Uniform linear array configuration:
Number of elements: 8
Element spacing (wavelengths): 1
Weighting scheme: blackman
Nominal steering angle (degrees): -45
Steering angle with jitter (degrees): -45.845
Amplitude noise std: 0.05
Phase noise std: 0.05

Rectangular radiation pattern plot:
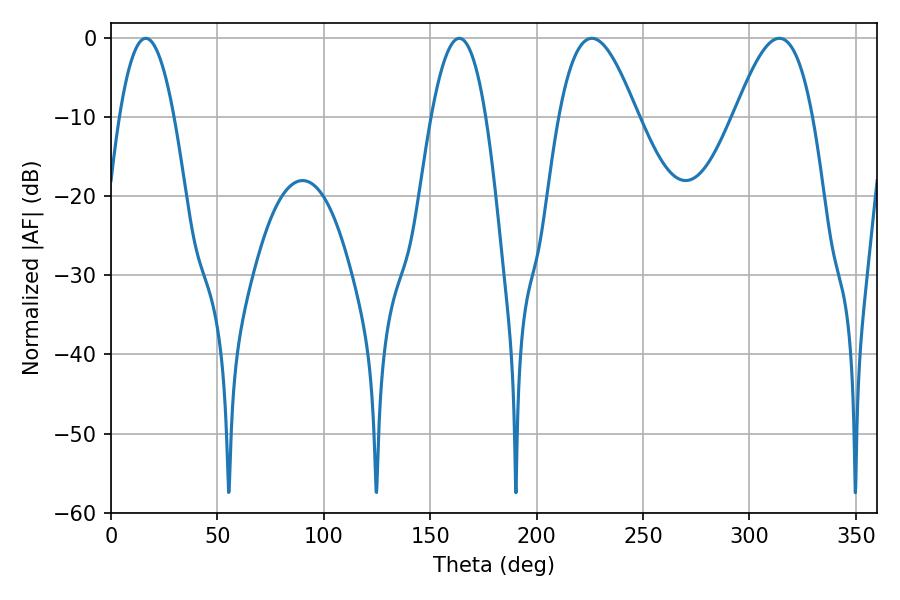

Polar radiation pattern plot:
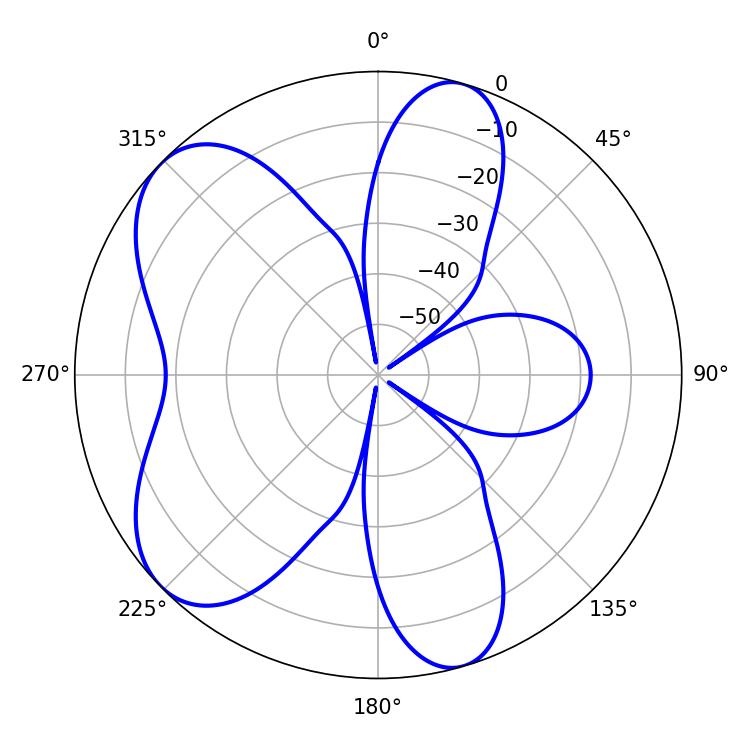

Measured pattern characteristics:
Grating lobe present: TRUE
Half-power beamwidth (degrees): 19.98
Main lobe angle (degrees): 225.9